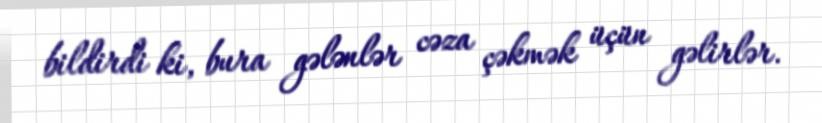
bildirdi ki, bura gələnlər cəza çəkmək üçün gəlirlər.